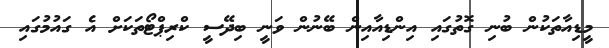
މީޑިއާތަކުން ބުނި ގޮތުގައި އިންޑިއާއިން ބޭނުން ވަނީ ބިދޭސީ ކްރިޕްޓޯތަކަށް އެ ގައުމުގައި